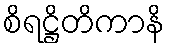
စိရဋ္ဌိတိကာနိ